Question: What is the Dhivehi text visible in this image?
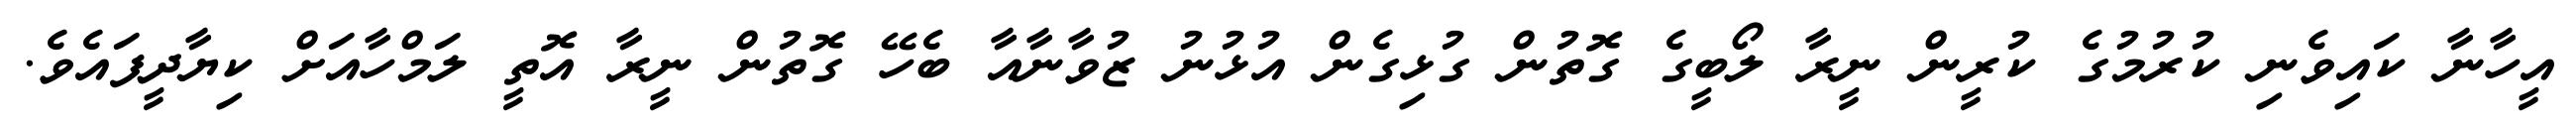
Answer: އީހާނާ ކައިވެނި ކުރުމުގެ ކުރީން ނީރާ ލޯބީގެ ގޮތުން ގުޅިގެން އުޅުނު ޒުވާނާއާ ބެހޭ ގޮތުން ނީރާ އޮތީ ލަމްހާއަށް ކިޔާދީފައެވެ.